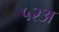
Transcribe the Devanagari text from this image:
५२अ